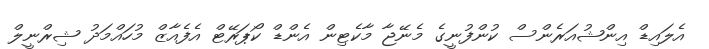
އެލައިޑް އިންޝުއަރެންސް ކުންފުނީގެ މެނޭޖާ މާކެޓިން އެންޑް ކޯޕަރޭޓް އެފެއާޒް މުހައްމަދު ޝިރްނީލް